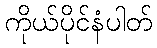
ကိုယ်ပိုင်နံပါတ်